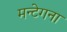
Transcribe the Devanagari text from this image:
मन्टेगना